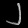
Digit: ၂